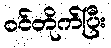
ဝင်တိုက်ပြီး